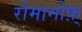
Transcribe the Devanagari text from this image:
रोमानोफ़्